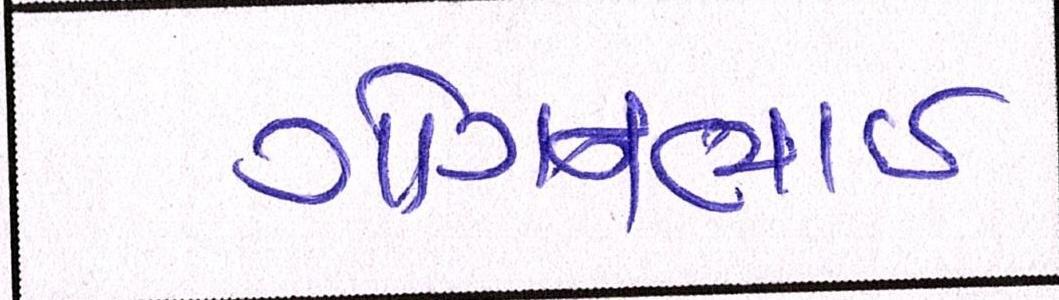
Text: ગોગનભાઇ